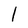
Character: l